Vaccination in Bombay 1889-1901 - 1889-1901
Year: 1889
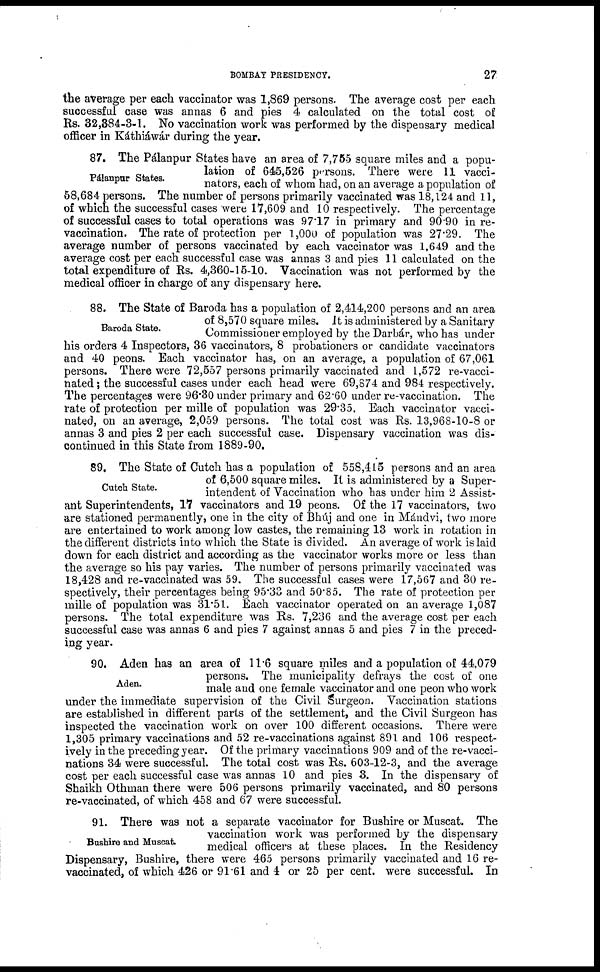
BOMBAY PRESIDENCY.
27
the average per each vaccinator was 1,869 persons. The average cost per each
successful case was annas 6 and pies 4 calculated on the total cost of
Rs. 32,384-3-1. No vaccination work was performed by the dispensary medical
officer in Káthiáwár during the year.
Pálanpur States.
87. The Pálanpur States have an area of 7,755 square miles and a popu-
lation of 645,526 persons. There were 11 vacci¬
nators, each of whom had, on an average a population of
58,684 persons. The number of persons primarily vaccinated was 18,124 and 11,
of which the successful cases were 17,609 and 10 respectively. The percentage
of successful cases to total operations was 97.17 in primary and 90.90 in re¬
vaccination. The rate of protection per 1,000 of population was 27.29. The
average number of persons vaccinated by each vaccinator was 1,649 and the
average cost per each successful case was annas 3 and pies 11 calculated on the
total expenditure of Rs. 4,360-15-10. Vaccination was not performed by the
medical officer in charge of any dispensary here.
Baroda State.
88. The State of Baroda has a population of 2,414,200 persons and an area
of 8,570 square miles. It is administered by a Sanitary
Commissioner employed by the Darbár, who has under
his orders 4 Inspectors, 36 vaccinators, 8 probationers or candidate vaccinators
and 40 peons. Each vaccinator has, on an average, a population of 67,061
persons. There were 72,557 persons primarily vaccinated and 1,572 re-vacci-
nated ; the successful cases under each head were 69,874 and 984 respectively.
The percentages were 96.30 under primary and 62.60 under re-vaccination. The
rate of protection per mille of population was 29.35. Each vaccinator vacci-
nated, on an average, 2,059 persons. The total cost was Rs. 13,968-10-8 or
annas 3 and pies 2 per each successful case. Dispensary vaccination was dis-
continued in this State from 1889-90.
Cutch State.
89. The State of Cutch has a population of 558,415 persons and an area
of 6,500 square miles. It is administered by a Super-
intendent of Vaccination who has under him 2 Assist-
ant Superintendents, 17 vaccinators and 19 peons. Of the 17 vaccinators, two
are stationed permanently, one in the city of Bhúj and one in Mándvi, two more
are entertained to work among low castes, the remaining 13 work in rotation in
the different districts into which the State is divided. An average of work is laid
down for each district and according as the vaccinator works more or less than
the average so his pay varies. The number of persons primarily vaccinated was
18,428 and re-vaccinated was 59. The successful cases were 17,567 and 30 re-
spectively, their percentages being 95.33 and 50.85. The rate of protection per
mille of population was 31.51. Each vaccinator operated on an average 1,087
persons. The total expenditure was Rs. 7,236 and the average cost per each
successful case was annas 6 and pies 7 against annas 5 and pies 7 in the preced-
ing year.
Aden.
90. Aden has an area of 11.6 square miles and a population of 44,079
persons. The municipality defrays the cost of one
male and one female vaccinator and one peon who work
under the immediate supervision of the Civil Surgeon. Vaccination stations
are established in different parts of the settlement, and the Civil Surgeon has
inspected the vaccination work on over 100 different occasions. There were
1,305 primary vaccinations and 52 re-vaccinations against 891 and 106 respect-
ively in the preceding year. Of the primary vaccinations 909 and of the re-vacci-
nations 34 were successful. The total cost was Rs. 603-12-3, and the average
cost per each successful case was annas 10 and pies 3. In the dispensary of
Shaikh Othman there were 506 persons primarily vaccinated, and 80 persons
re-vaccinated, of which 458 and 67 were successful.
Bushire and Muscat.
91. There was not a separate vaccinator for Bushire or Muscat. The
vaccination work was performed by the dispensary
medical officers at these places. In the Residency
Dispensary, Bushire, there were 465 persons primarily vaccinated and 16 re¬
vaccinated, of which 426 or 91.61 and 4 or 25 per cent. were successful. In